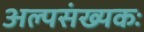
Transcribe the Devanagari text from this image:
अल्पसंख्यकः